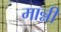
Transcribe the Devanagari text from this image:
मान्नी